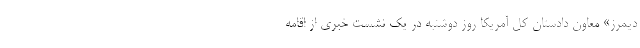
دیمرز» معاون دادستان کل آمریکا روز دوشنبه در یک نشست خبری از اقامه